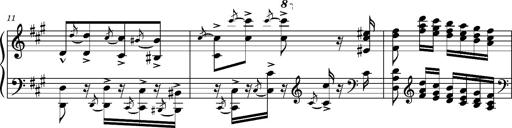
Title: Ungarischer Romanzero
Composer: Franz Liszt